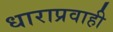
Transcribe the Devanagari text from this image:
धाराप्रवाही